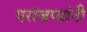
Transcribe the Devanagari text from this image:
परांजप्यांनी